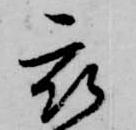
被